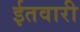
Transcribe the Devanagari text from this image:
ईतवारी